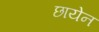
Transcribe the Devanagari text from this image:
छायेन